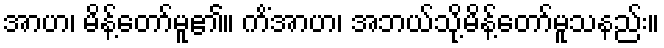
အာဟ၊ မိန့်တော်မူ၏။ ကိံအာဟ၊ အဘယ်သို့မိန့်တော်မူသနည်း။